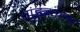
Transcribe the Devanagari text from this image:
गुंड्याला